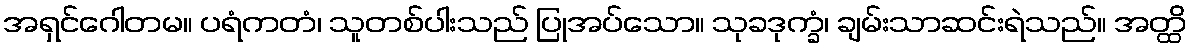
အရှင်ဂေါတမ။ ပရံကတံ၊ သူတစ်ပါးသည် ပြုအပ်သော။ သုခဒုက္ခံ၊ ချမ်းသာဆင်းရဲသည်။ အတ္ထိ